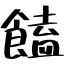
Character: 饁